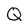
Character: Q